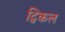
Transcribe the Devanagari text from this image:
ट्विकल